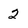
Character: 2